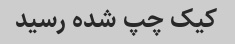
کیک چپ شده رسید